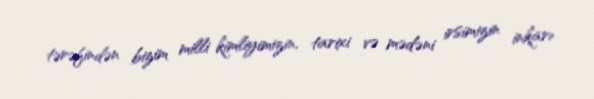
tərəfindən bizim milli kimliyimizin, tarixi və mədəni irsimizin inkarı